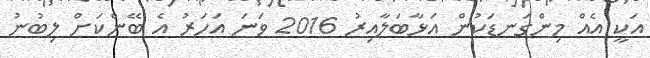
އަކީ އެއް މިންގަނޑަކުން އަޅާބަލާއިރު 2016 ވަނަ އަހަރު އެ ބޭންކަށް ލިބުނު